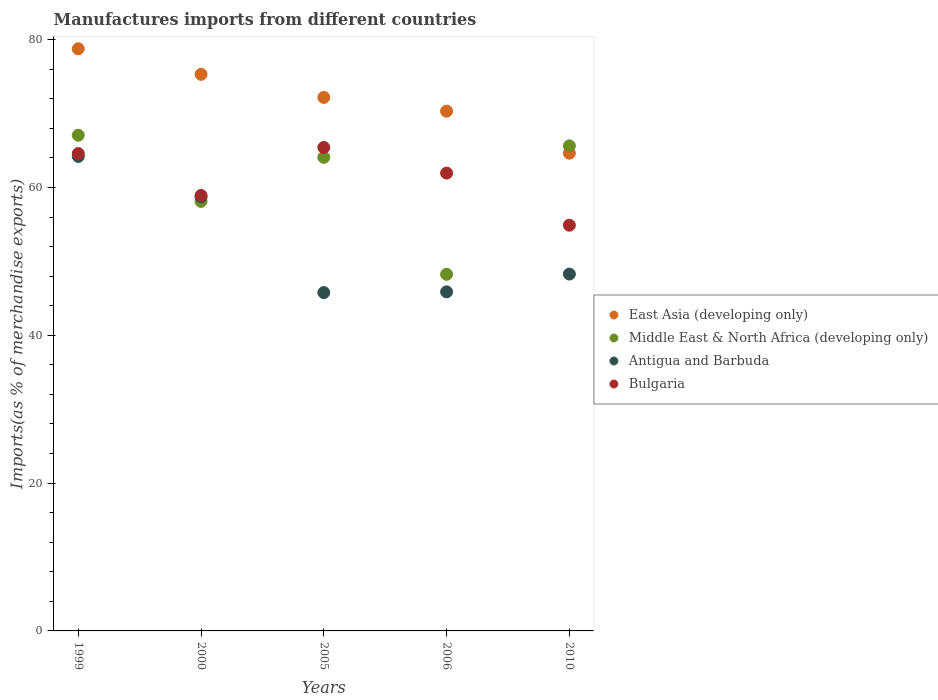
| Years | East Asia (developing only) | Middle East & North Africa (developing only) | Antigua and Barbuda | Bulgaria |
 | --- | --- | --- | --- | --- |
 | 1999 | 78.8 | 67.1 | 64.2 | 64.6 |
 | 2000 | 75.3 | 58.1 | 58.7 | 58.9 |
 | 2005 | 72.2 | 64.1 | 45.8 | 65.4 |
 | 2006 | 70.3 | 48.3 | 45.9 | 61.9 |
 | 2010 | 64.6 | 65.6 | 48.3 | 54.9 |